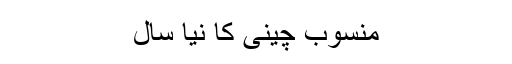
منسوب چینی کا نیا سال